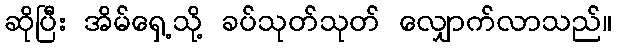
ဆိုပြီး အိမ်ရှေ့သို့ ခပ်သုတ်သုတ် လျှောက်လာသည်။